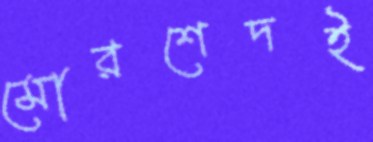
মোরশেদই